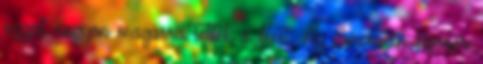
azzal nagyon magasra tették a lécet. Az American Horror